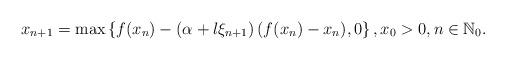
LaTeX: \begin{align*}x_{n+1}= \max \left\{ f(x_n)-\left(\alpha + l\xi_{n+1} \right) (f(x_n)-x_n), 0 \right\}, x_0>0, n\in {\mathbb N}_0.\end{align*}